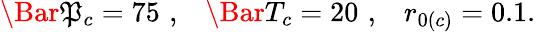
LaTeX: \Bar{\mathfrak{P}}_{c}=75\, \, ,\, \, \, \, \, \Bar{T}_{c}=20\, \, ,\, \, \, \, \, r_{0(c)}=0.1.